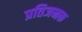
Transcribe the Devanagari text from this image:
प्रतिजनक